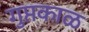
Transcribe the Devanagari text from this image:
गुप्तकाळ